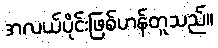
အလယ်ပိုင်းဖြစ်ဟန်တူသည်။